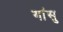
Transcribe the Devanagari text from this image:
गांसु